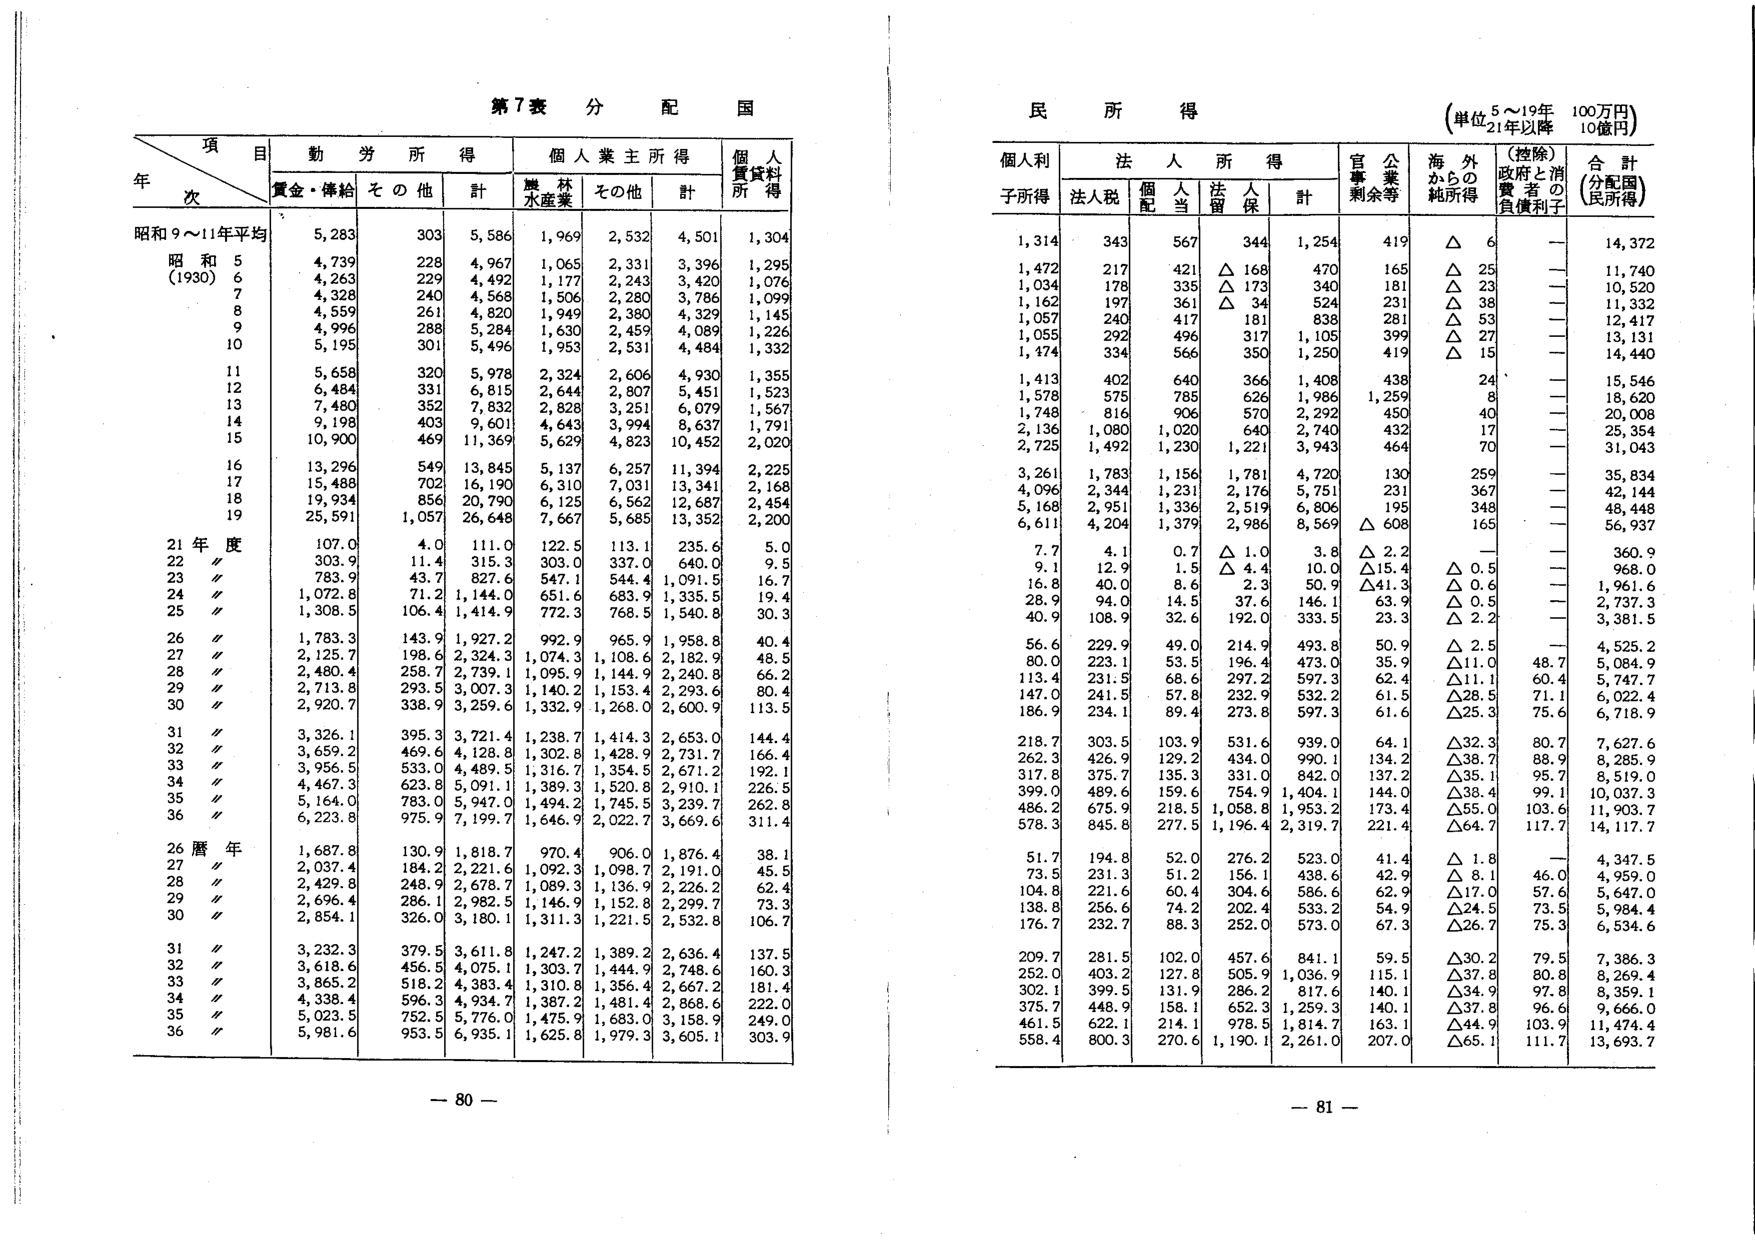
第7表 分配国

項 目
年 次
昭和9～11年平均
昭和5 (1930)
6
7
8
9
10
11
12
13
14
15
16
17
18
19
21年度
22〃
23〃
24〃
25〃
26〃
27〃
28〃
29〃
30〃
31〃
32〃
33〃
34〃
35〃
36〃
26暦年
27〃
28〃
29〃
30〃
31〃
32〃
33〃
34〃
35〃
36〃

動労所得
賃金・俸給 その他 計
5,283 303 5,586
4,739 228 4,967
4,263 229 4,492
4,328 240 4,568
4,559 261 4,820
4,996 288 5,284
5,195 301 5,496
5,658 320 5,978
6,484 331 6,815
7,480 352 7,832
9,198 403 9,601
10,900 469 11,369
13,296 549 13,845
15,488 702 16,190
19,934 856 20,790
25,591 1,057 26,648
107.0 4.0 111.0
303.9 11.4 315.3
783.9 43.7 827.6
1,072.8 71.2 1,144.0
1,308.5 106.4 1,414.9
1,783.3 143.9 1,927.2
2,125.7 198.6 2,324.3
2,480.4 258.7 2,739.1
2,713.8 293.5 3,007.3
2,920.7 338.9 3,259.6
3,326.1 395.3 3,721.4
3,659.2 469.6 4,128.8
3,956.5 533.0 4,489.5
4,467.3 623.8 5,091.1
5,164.0 783.0 5,947.0
6,223.8 975.9 7,199.7
1,687.8 130.9 1,818.7
2,037.4 184.2 2,221.6
2,429.8 248.9 2,678.7
2,696.4 286.1 2,982.5
2,854.1 326.0 3,180.1
3,232.3 379.5 3,611.8
3,618.6 456.5 4,075.1
3,865.2 518.2 4,383.4
4,338.4 596.3 4,934.7
5,023.5 752.5 5,776.0
5,981.6 953.5 6,935.1

個人業主所得
農林水産業 その他 計
1,969 2,532 4,501
1,065 2,331 3,396
1,177 2,243 3,420
1,506 2,280 3,786
1,949 2,380 4,329
1,630 2,459 4,089
1,953 2,531 4,484
2,324 2,606 4,930
2,644 2,807 5,451
2,828 3,251 6,079
4,643 3,994 8,637
5,629 4,823 10,452
5,137 6,257 11,394
6,310 7,031 13,341
6,125 6,562 12,687
7,667 5,685 13,352
122.5 113.1 235.6
303.0 337.0 640.0
547.1 544.4 1,091.5
651.6 683.9 1,335.5
772.3 768.5 1,540.8
992.9 965.9 1,958.8
1,074.3 1,108.6 2,182.9
1,095.9 1,144.9 2,240.8
1,140.2 1,153.4 2,293.6
1,332.9 1,268.0 2,600.9
1,238.7 1,414.3 2,653.0
1,302.8 1,428.9 2,731.7
1,316.7 1,354.5 2,671.2
1,389.3 1,520.8 2,910.1
1,494.2 1,745.5 3,239.7
1,646.9 2,022.7 3,669.6
970.4 906.0 1,876.4
1,092.3 1,098.7 2,191.0
1,089.3 1,136.9 2,226.2
1,146.9 1,152.8 2,299.7
1,311.3 1,221.5 2,532.8
1,247.2 1,389.2 2,636.4
1,303.7 1,444.9 2,748.6
1,310.8 1,356.4 2,667.2
1,387.2 1,481.4 2,868.6
1,475.9 1,683.0 3,158.9
1,625.8 1,979.3 3,605.1

個人賃貸料所得
1,304
1,295
1,076
1,099
1,145
1,226
1,332
1,355
1,523
1,567
1,791
2,020
2,225
2,168
2,454
2,200
5.0
9.5
16.7
19.4
30.3
40.4
48.5
66.2
80.4
113.5
144.4
166.4
192.1
226.5
262.8
311.4
38.1
45.5
62.4
73.3
106.7
137.5
160.3
181.4
222.0
249.0
303.9

民所得
(単位 5～19年 100万円)
21年以降 10億円

個人利
子所得
1,314
1,472
1,034
1,162
1,057
1,055
1,474
1,413
1,578
1,748
2,136
2,725
3,261
4,096
5,168
6,611
7.7
9.1
16.8
28.9
40.9
56.6
80.0
113.4
147.0
186.9
218.7
262.3
317.8
399.0
486.2
578.3
51.7
73.5
104.8
138.8
176.7
209.7
252.0
302.1
375.7
461.5
558.4

法人所得
法人税 個人配当 法人留保 計
343 567 344 1,254
217 421 △168 470
178 335 △173 340
197 361 △34 524
240 417 181 838
292 496 317 1,105
334 566 350 1,250
402 640 366 1,408
575 785 626 1,986
816 906 570 2,292
1,080 1,020 640 2,740
1,492 1,230 1,221 3,943
1,783 1,156 1,781 4,720
2,344 1,231 2,176 5,751
2,951 1,336 2,519 6,806
4,204 1,379 2,986 8,569
4.1 0.7 △1.0 3.8
12.9 1.5 △4.4 10.0
40.0 8.6 2.3 50.9
94.0 14.5 37.6 146.1
108.9 32.6 192.0 333.5
229.9 49.0 214.9 493.8
223.1 53.5 196.4 473.0
231.5 68.6 297.2 597.3
241.5 57.8 232.9 532.2
234.1 89.4 273.8 597.3
303.5 103.9 531.6 939.0
426.9 129.2 434.0 990.1
375.7 135.3 331.0 842.0
489.6 159.6 754.9 1,404.1
675.9 218.5 1,058.8 1,953.2
845.8 277.5 1,196.4 2,319.7
194.8 52.0 276.2 523.0
231.3 51.2 156.1 438.6
221.6 60.4 304.6 586.6
256.6 74.2 202.4 533.2
232.7 88.3 252.0 573.0
281.5 102.0 457.6 841.1
403.2 127.8 505.9 1,036.9
399.5 131.9 286.2 817.6
448.9 158.1 652.3 1,259.3
622.1 214.1 978.5 1,814.7
800.3 270.6 1,190.1 2,261.0

官公事業
剰余等
419
165
181
231
281
399
419
438
1,259
450
432
464
130
231
195
△608
△2.2
△15.4
△41.3
63.9
23.3
50.9
35.9
62.4
61.5
61.6
64.1
134.2
137.2
144.0
173.4
221.4
41.4
42.9
62.9
54.9
67.3
59.5
115.1
140.1
140.1
163.1
207.0

海外からの
純所得
△6
△25
△23
△38
△53
△27
△15
24
8
40
17
70
259
367
348
165
—
△0.5
△0.6
△0.5
△2.2
△2.5
△11.0
△11.1
△28.5
△25.3
△32.3
△38.7
△35.1
△33.4
△55.0
△64.7
△1.8
△8.1
△17.0
△24.5
△26.7
△30.2
△37.8
△34.9
△37.8
△44.9
△65.1

(控除)
政府と消費者の
負債利子
—
—
—
—
—
—
—
—
—
—
—
—
—
—
—
—
—
—
—
—
—
48.7
60.4
71.1
75.6
80.7
88.9
95.7
99.1
103.6
117.7
—
46.0
57.6
73.5
75.3
79.5
80.8
97.8
96.6
103.9
111.7

合計
(分配国)
(民所得)
14,372
11,740
10,520
11,332
12,417
13,131
14,440
15,546
18,620
20,008
25,354
31,043
35,834
42,144
48,448
56,937
360.9
968.0
1,961.6
2,737.3
3,381.5
4,525.2
5,084.9
5,747.7
6,022.4
6,718.9
7,627.6
8,285.9
8,519.0
10,037.3
11,903.7
14,117.7
4,347.5
4,959.0
5,647.0
5,984.4
6,534.6
7,386.3
8,269.4
8,359.1
9,666.0
11,474.4
13,693.7

— 80 —
— 81 —